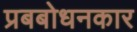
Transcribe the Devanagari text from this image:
प्रबबोधनकार